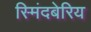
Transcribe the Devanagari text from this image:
स्मिंदबेरिय